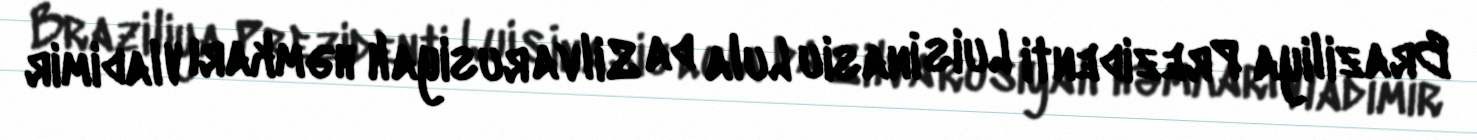
Braziliya Prezidenti Luis İnasiu Lula da Silva rusiyalı həmkarı Vladimir